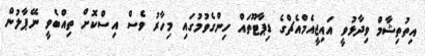
އިތުތިޝާމް ވިދާޅުވީ އައިޖީއެމްއެޗްގެ ޑިޕާޓޫތައް ހިންގެވުމުގައި މިހާރު ވެސް އިސްކޮށް ތިއްބެވީ ނޭޕާލުން